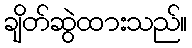
ချိတ်ဆွဲထားသည်။